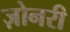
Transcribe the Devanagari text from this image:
ज़ोनरी